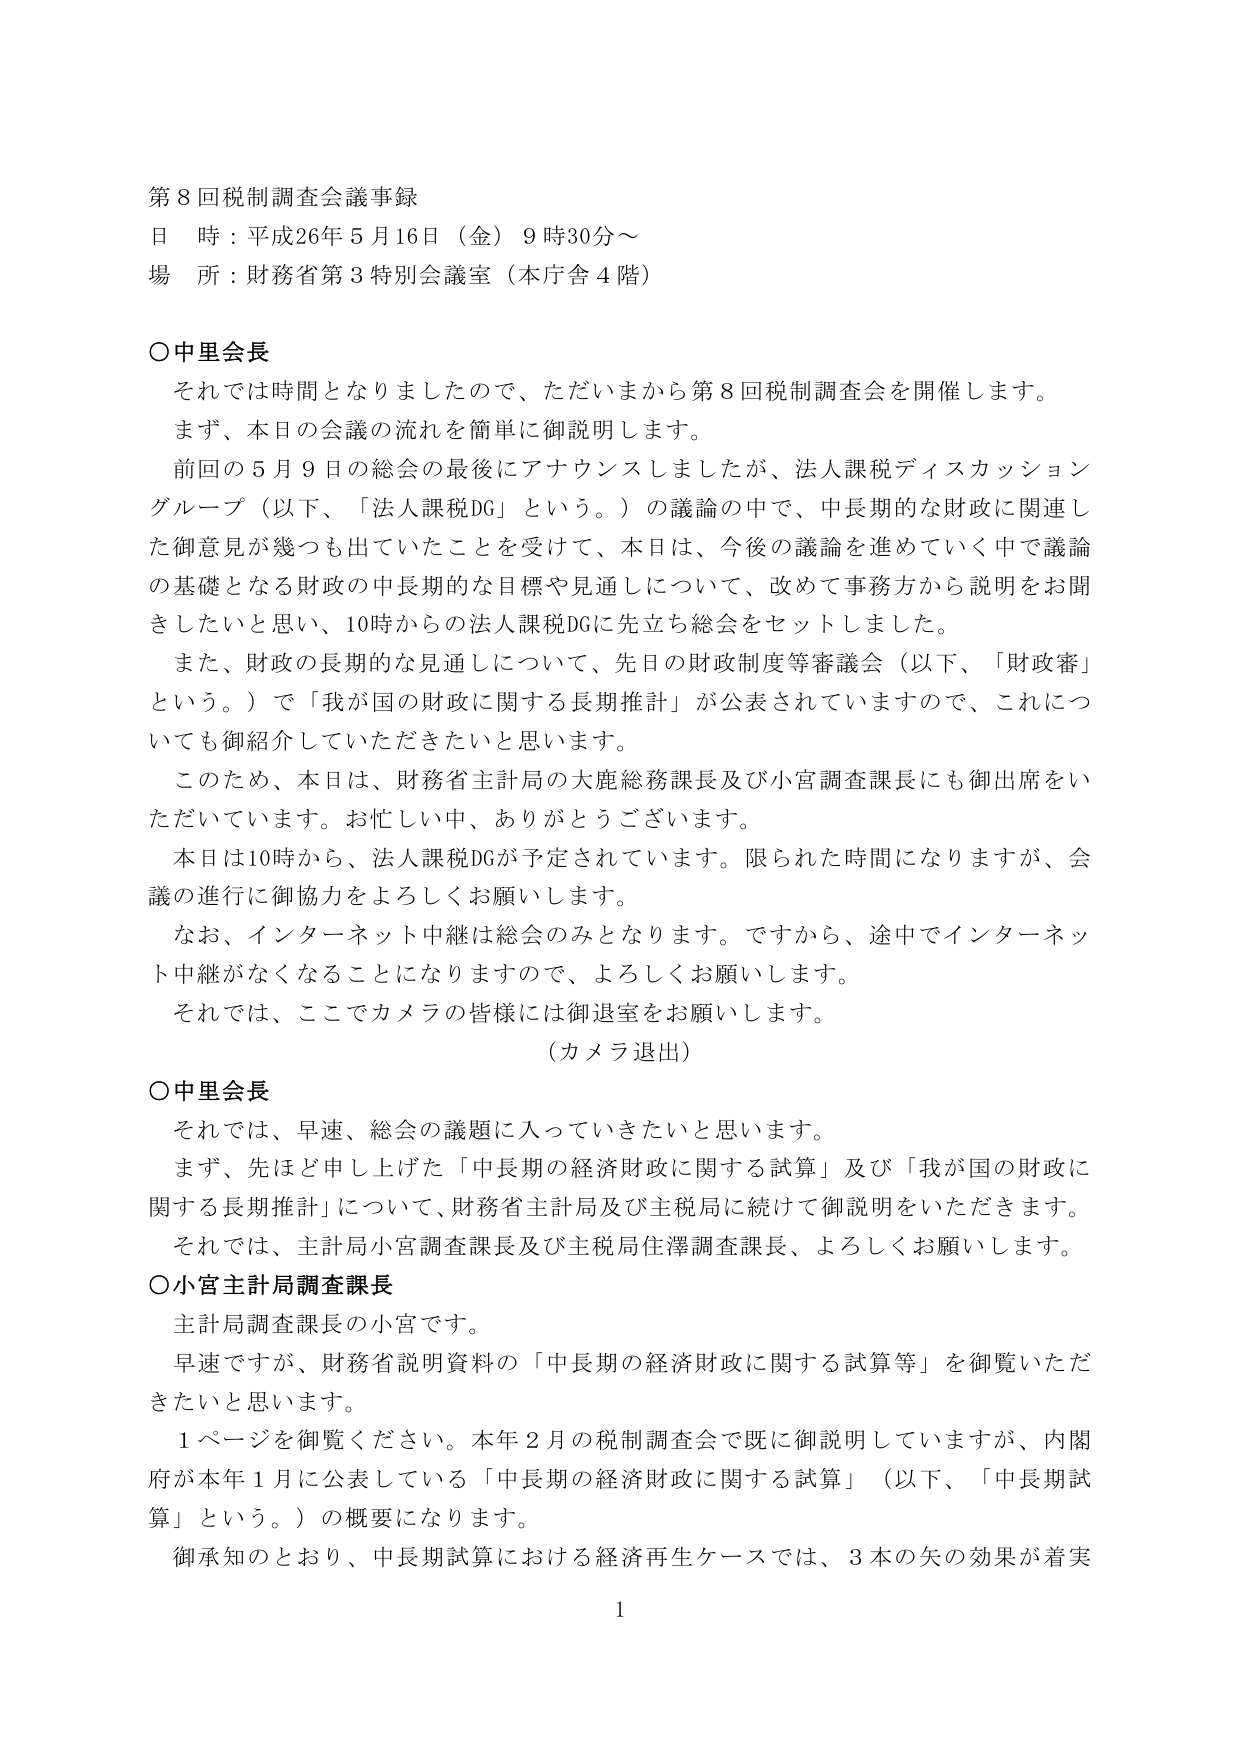
第８回税制調査会議事録
日 時：平成26年５月16日（金）９時30分～
場 所：財務省第３特別会議室（本庁舎４階）

○中里会長
　それでは時間となりましたので、ただいまから第８回税制調査会を開催します。
　まず、本日の会議の流れを簡単に御説明します。
　前回の５月９日の総会の最後にアナウンスしましたが、法人課税ディスカッショングループ（以下、「法人課税DG」という。）の議論の中で、中長期的な財政に関連した御意見が幾つも出ていたことを受けて、本日は、今後の議論を進めていく中で議論の基礎となる財政の中長期的な目標や見通しについて、改めて事務方から説明をお聞きしたいと思い、10時からの法人課税DGに先立ち総会をセットしました。
　また、財政の長期的な見通しについて、先日の財政制度等審議会（以下、「財政審」という。）で「我が国の財政に関する長期推計」が公表されていますので、これについても御紹介していただきたいと思います。
　このため、本日は、財務省主計局の大鹿総務課長及び小宮調査課長にも御出席をいただいています。お忙しい中、ありがとうございます。
　本日は10時から、法人課税DGが予定されています。限られた時間になりますが、会議の進行に御協力をよろしくお願いします。
　なお、インターネット中継は総会のみとなります。ですから、途中でインターネット中継がなくなることになりますので、よろしくお願いします。
　それでは、ここでカメラの皆様には御退室をお願いします。
　（カメラ退出）

○中里会長
　それでは、早速、総会の議題に入っていきたいと思います。
　まず、先ほど申し上げた「中長期の経済財政に関する試算」及び「我が国の財政に関する長期推計」について、財務省主計局及び主税局に続けて御説明をいただきます。
　それでは、主計局小宮調査課長及び主税局住澤調査課長、よろしくお願いします。

○小宮主計局調査課長
　主計局調査課長の小宮です。
　早速ですが、財務省説明資料の「中長期の経済財政に関する試算等」を御覧いただきたいと思います。
　１ページを御覧ください。本年２月の税制調査会で既に御説明していますが、内閣府が本年１月に公表している「中長期の経済財政に関する試算」（以下、「中長期試算」という。）の概要になります。
　御承知のとおり、中長期試算における経済再生ケースでは、３本の矢の効果が着実

1